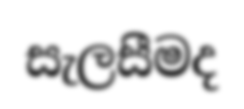
සැලසීමද